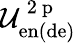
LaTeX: \mathcal{U}_{\mathrm{en(de)}}^{\mathrm{~2~p~}}